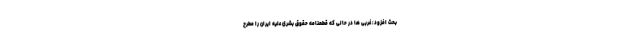
بحث افزود: غربی ها در حالی که قطعنامه حقوق بشری علیه ایران را مطرح